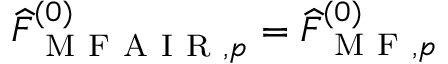
\widehat { F } _ { \mathrm { ~ M ~ F ~ A ~ I ~ R ~ } , p } ^ { ( 0 ) } = \widehat { F } _ { \mathrm { ~ M ~ F ~ } , p } ^ { ( 0 ) }